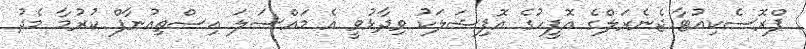
ޕްރޮސެކިއުޓާ ޖެނެރަލްގެ އޮފީހުގެ އޮފިޝަލަކު ވިދާޅުވީ އެ މައްސަލަ އިސްތިއުނާފް ކުރުމާ މެދު